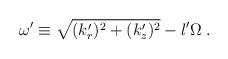
LaTeX: \begin{align*}\omega '\equiv\sqrt{(k_r')^2+(k_z')^2}-l'\Omega \; . \end{align*}